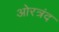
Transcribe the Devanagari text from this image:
ओरत्रंद